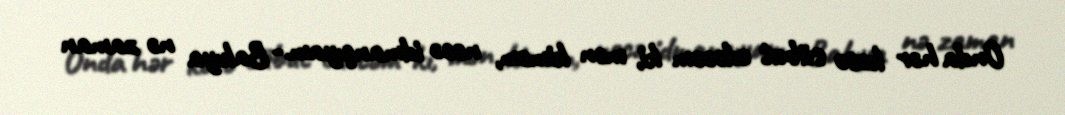
Onda hər kəsə sübut edəcəm ki, mən kiməm, necə idmançıyam.- Bakıya nə zaman